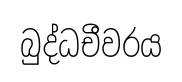
බුද්ධචීවරය